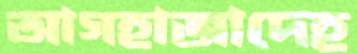
আগহাজাদেহ